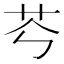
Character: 𦬉